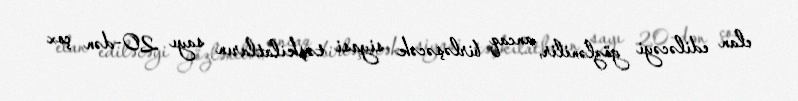
elan ediləcəyi gözlənilir, ancaq birləşəcək siyasi təşkilatların sayı 20-dən çox